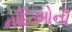
નદિઓની